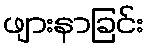
ဖျားနာခြင်း